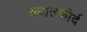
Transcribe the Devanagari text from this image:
ख्यातकीर्द